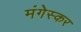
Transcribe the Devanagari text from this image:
मंगेस्कर